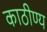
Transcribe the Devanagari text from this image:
काठीण्य